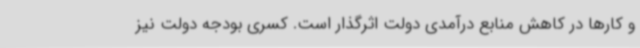
و کارها در کاهش منابع درآمدی دولت اثرگذار است. کسری بودجه دولت نیز